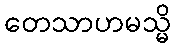
တေသာဟမသ္မိ